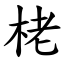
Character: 栳